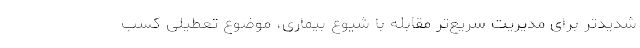
شدیدتر برای مدیریت سریع‌تر مقابله با شیوع بیماری، موضوع تعطیلی کسب